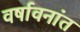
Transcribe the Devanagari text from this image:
वर्षावनांत